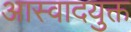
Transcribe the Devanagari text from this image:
आस्वादयुक्त